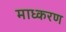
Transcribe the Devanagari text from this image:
माध्करण